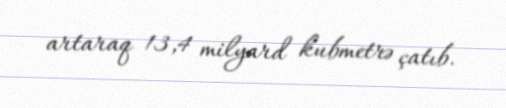
artaraq 13,4 milyard kubmetrə çatıb.